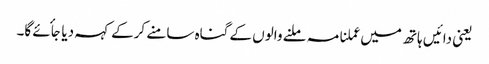
یعنی دائیں ہاتھ میں عملنامہ ملنے والوں کے گناہ سامنے کرکے کہہ دیا جأئے گا۔